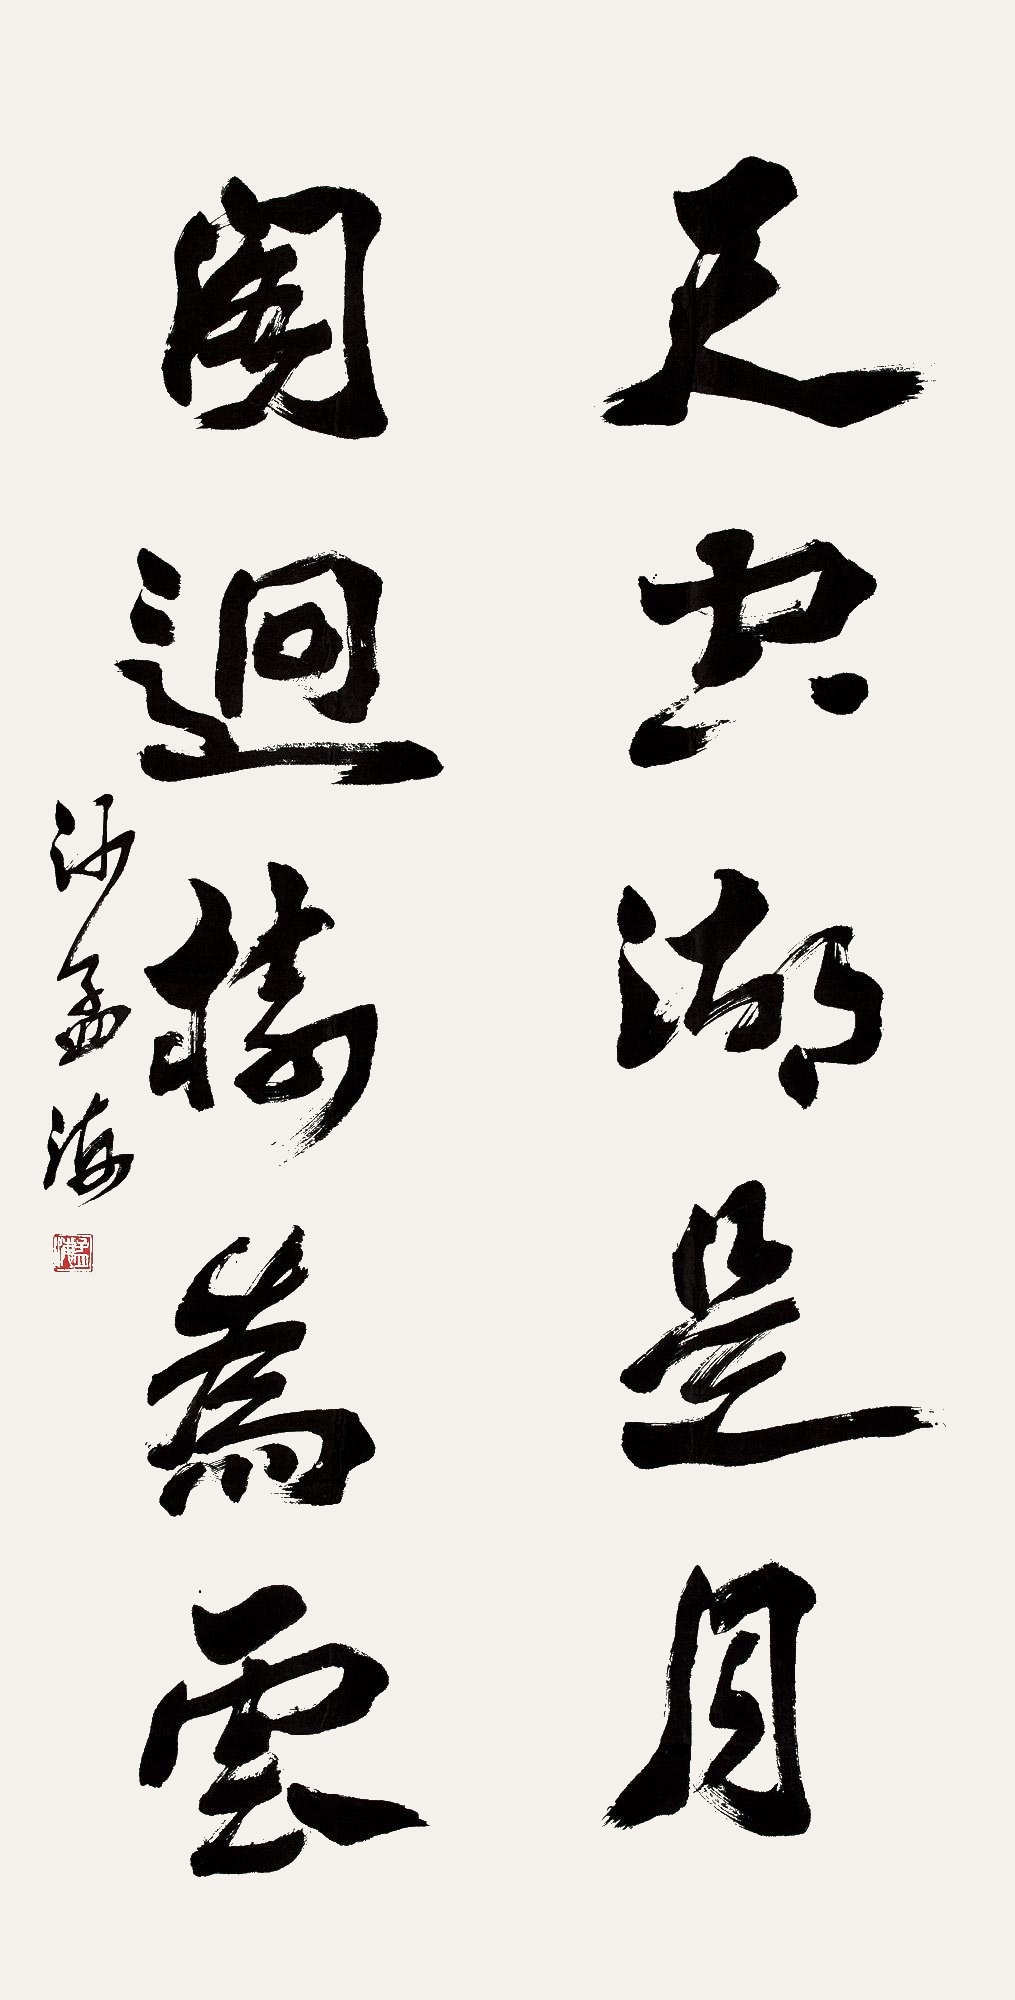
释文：天空湖是月，阁迥树为云。沙孟海。